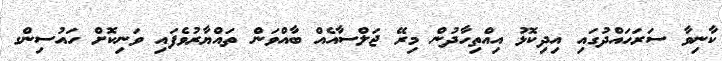
ކާނިވާ ސަރަހައްދުގައި އިދިކޮޅު އިއްތިހާދުން މިރޭ ޖަލްސާއެއް ބާއްވަން ތައްޔާރުވެފައި ވަނިކޮށް ހައުސިންގ